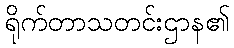
ရိုက်တာသတင်းဌာန၏